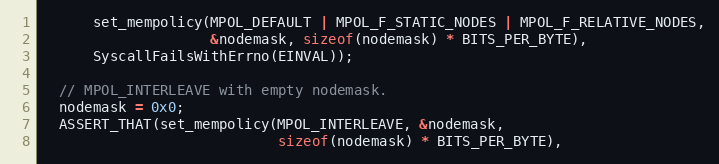
Language: C++
      set_mempolicy(MPOL_DEFAULT | MPOL_F_STATIC_NODES | MPOL_F_RELATIVE_NODES,
                    &nodemask, sizeof(nodemask) * BITS_PER_BYTE),
      SyscallFailsWithErrno(EINVAL));

  // MPOL_INTERLEAVE with empty nodemask.
  nodemask = 0x0;
  ASSERT_THAT(set_mempolicy(MPOL_INTERLEAVE, &nodemask,
                            sizeof(nodemask) * BITS_PER_BYTE),